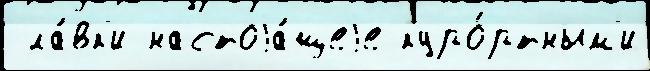
 ла́вк'и настоjа́щеjе куро́ртным'и